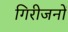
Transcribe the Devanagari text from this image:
गिरीजनों